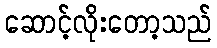
ဆောင့်လိုးတော့သည်